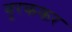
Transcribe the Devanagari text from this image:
बुरककर